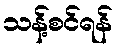
သန့်စင်ရန်